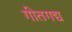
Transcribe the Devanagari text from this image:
गीतगद्य